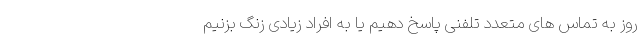
روز به تماس های متعدد تلفنی پاسخ دهیم یا به افراد زیادی زنگ بزنیم